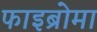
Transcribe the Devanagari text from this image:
फाइब्रोमा